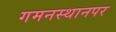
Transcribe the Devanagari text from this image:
गमनस्थानपर